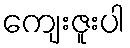
ကျေးဇူးပါ